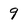
Character: 9